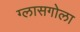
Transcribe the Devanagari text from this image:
ग्लासगोला